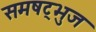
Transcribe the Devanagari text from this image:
समषट्भुज